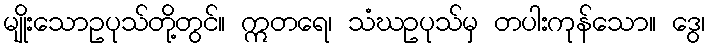
မျိုးသောဥပုသ်တို့တွင်။ ဣတရေ၊ သံဃဥပုသ်မှ တပါးကုန်သော။ ဒွေ၊